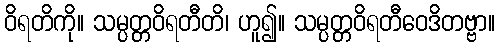
ဝိရတိကို။ သမ္ပတ္တဝိရတီတိ၊ ဟူ၍။ သမ္ပတ္တဝိရတီဝေဒိတဗ္ဗာ။